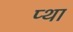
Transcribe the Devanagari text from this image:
प्था